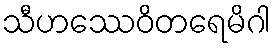
သီဟဿေဝိတရေမိဂါ